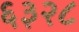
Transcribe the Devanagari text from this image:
६३२८